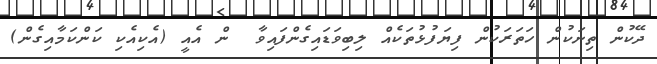
ދޭކުން ތިނަކުން ހަތަރަކުން ފިޔަފުޅުތަކެއް ލިބިވަޑައިގެންފައިވާ  ން އެއީ (އެކިއެކި ކަންކަމާއިގެން)